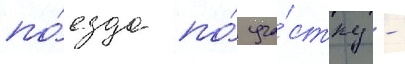
по́езда по́ уча́стку -